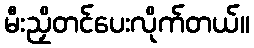
မီးညှိတင်ပေးလိုက်တယ်။